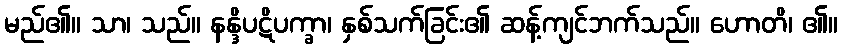
မည်၏။ သာ၊ သည်။ နန္ဒိပဋိပက္ခာ၊ နှစ်သက်ခြင်း၏ ဆန့်ကျင်ဘက်သည်။ ဟောတိ၊ ၏။